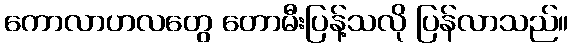
ကောလာဟလတွေ တောမီးပြန့်သလို ပြန်လာသည်။